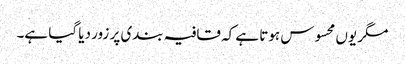
مگر یوں محسوس ہوتا ہے کہ قافیہ بندی پر زور دیا گیا ہے۔